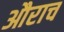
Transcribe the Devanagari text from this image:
औराच